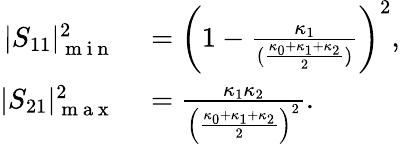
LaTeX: \begin{array}{rl}{|S_{11}|_{\mathrm{~m~i~n~}}^{2}}&{{}=\left(1-\frac{\kappa_{1}}{(\frac{\kappa_{0}+\kappa_{1}+\kappa_{2}}{2})}\right)^{2},}\\ {|S_{21}|_{\mathrm{~m~a~x~}}^{2}}&{{}=\frac{\kappa_{1}\kappa_{2}}{\left(\frac{\kappa_{0}+\kappa_{1}+\kappa_{2}}{2}\right)^{2}}.}\end{array}